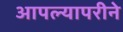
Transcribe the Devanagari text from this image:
आपल्यापरीने